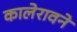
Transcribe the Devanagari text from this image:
कालेरावने